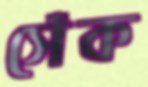
সেঁক